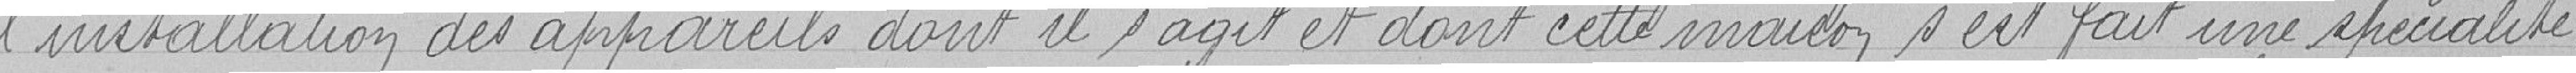
l'installation des appareils dont il s'agit et dont cette maison s'est fait une spécialité.